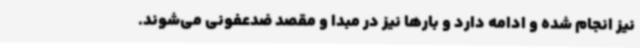
نیز انجام شده و ادامه دارد و بارها نیز در مبدا و مقصد ضدعفونی می‌شوند.